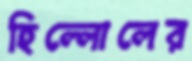
হিল্লোলের